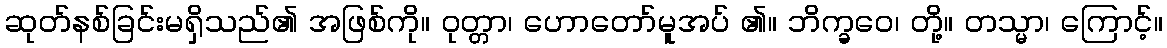
ဆုတ်နစ်ခြင်းမရှိသည်၏ အဖြစ်ကို။ ဝုတ္တာ၊ ဟောတော်မူအပ် ၏။ ဘိက္ခဝေ၊ တို့။ တသ္မာ၊ ကြောင့်။